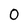
Character: 0